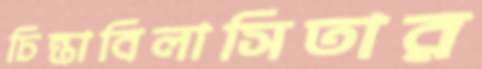
চিন্তাবিলাসিতার